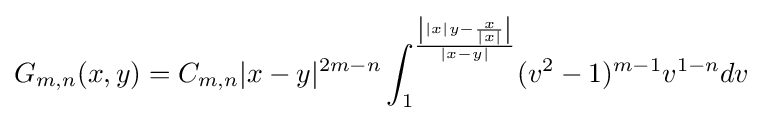
G_{m,n}(x,y)=C_{m,n}|x-y|^{2m-n}\int _{1}^{\frac {\left||x|y-{\frac {x}{|x|}}\right|}{|x-y|}}(v^{2}-1)^{m-1}v^{1-n}dv